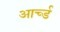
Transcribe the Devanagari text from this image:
आर्च्ड